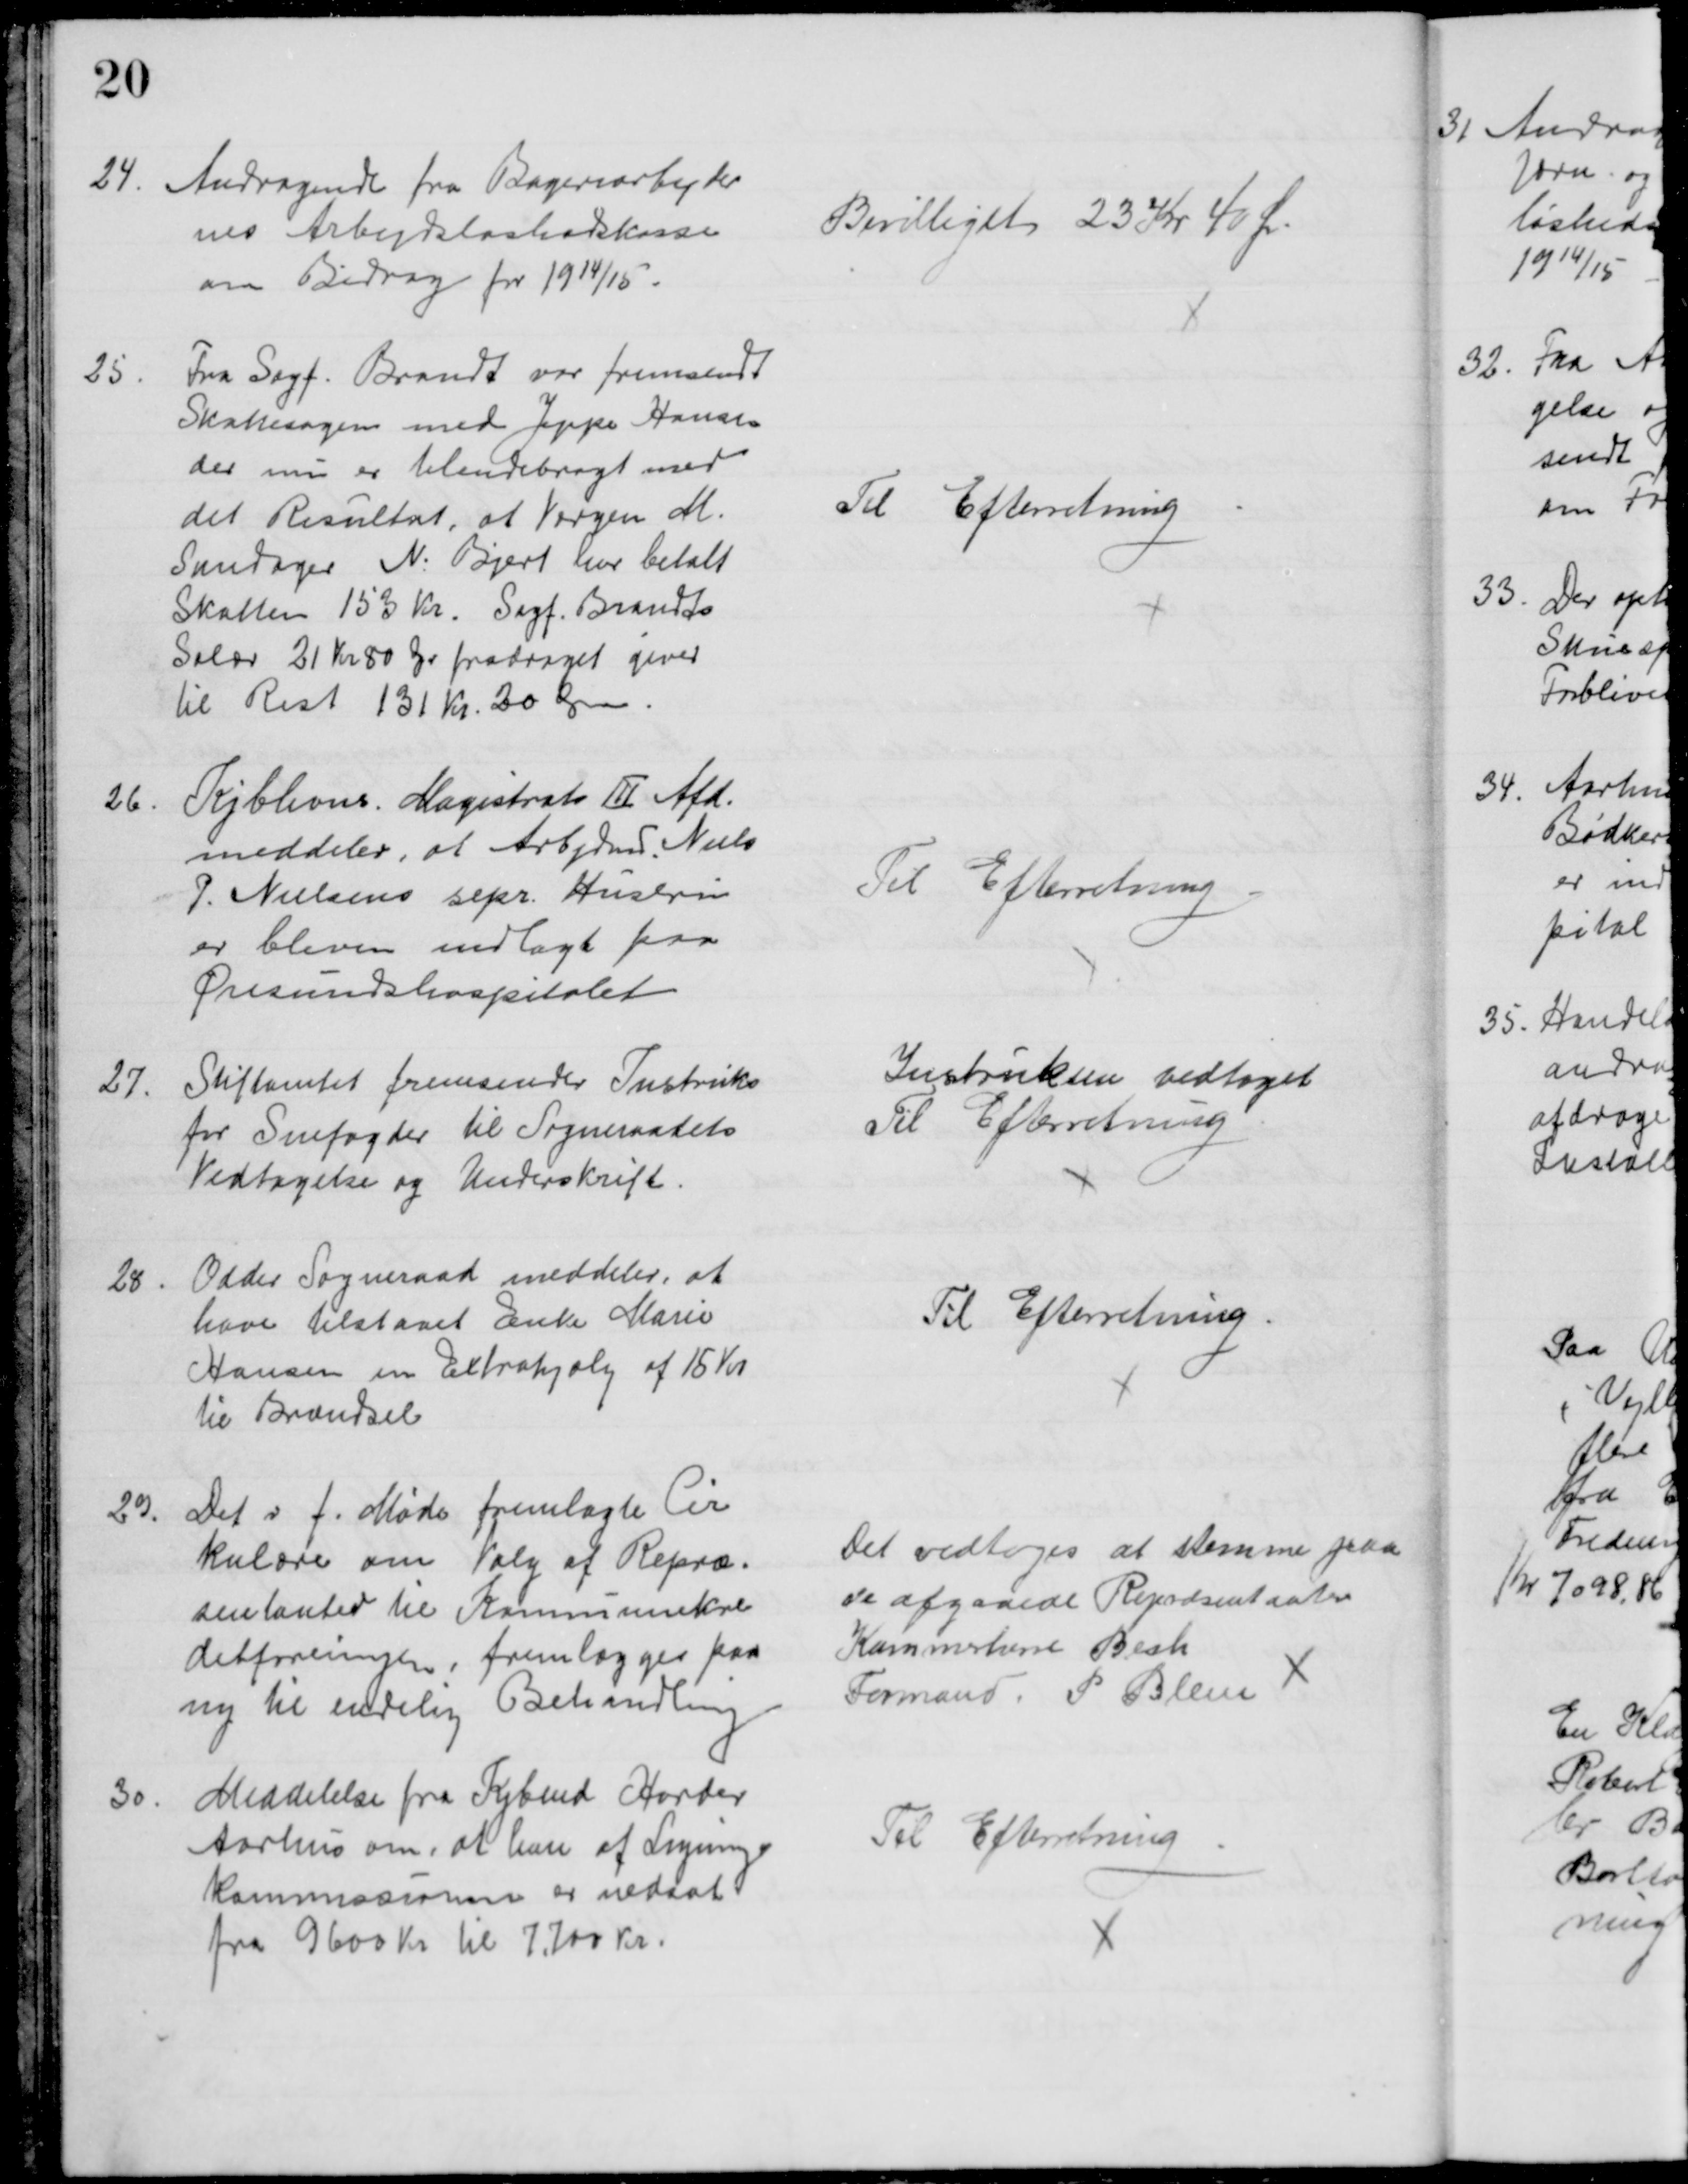
Transskription:
24.
Andragende fra Bageriarbejder
nes Arbejdsløshedskasse
om Bidrag for 1914/15.
Bevilliget 23 Kr 40 Ør.
25
Fra Sagf. Brandt var fremsendt
Skattesagen med Jeppe Hansen
der nu er tilendebragt med
det Resultat, at Værgen M.
Sandager N. Bjert var betalt
Skatten 153 Kr. Sagf. Brandts
Salær 21 Kr 80 Ør fradraget giver
til Rest 131 Kr. 20 Øre.
Til Efterretning
26
Kjbhvns. Magistrats III Afd.
meddeler, at Arbjdmd. Niels
P. Nielsens sepr. Hustru
er bleven indlagt paa
Øresundshospitalet
Til Efterretning
27.
Stiftamtet fremsender Instruks
for Snefogder til Sogneraadets
Vedtagelse og Underskrift
Instruksen vedtaget
Til Efterretning
28
Odder Sogneraad meddeler, at
have tilstaaet Enke Marie
Hansen en Extrahjælp af 15 Kr
til Brændsel
Til Efterretning
29.
Det i f. Møde fremlagte Cir
kulære om Valg af Repræ-
sentanter til Kommunekre
ditforeningen, fremlægges paa
ny til endelig Behandling
Det vedtoges at stemme paa 
de afgaaede Repræsentanter
Kammerherre Bech
Formand. P. Blem 
30.
Meddelelse fra Kjbmd Harder
Aarhus om, at han af Lignings
kommissionen er nedsat
fra 9600 Kr til 7.700 Kr.
Til Efterretning